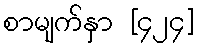
စာမျက်နှာ [၄၂၄]